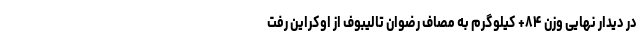
در دیدار نهایی وزن ۸۴+ کیلوگرم به مصاف رضوان تالیبوف از اوکراین رفت